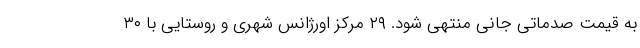
به قیمت صدماتی جانی منتهی شود. ۲۹ مرکز اورژانس شهری و روستایی با ۳۰